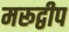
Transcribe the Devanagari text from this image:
मरूद्वीप